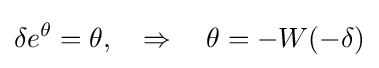
\delta e^{\theta }=\theta ,\quad \Rightarrow \quad \theta =-W(-\delta )